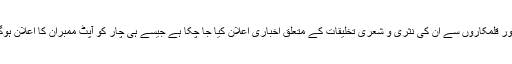
طباعت کے لیے ٹنڈرس مطلوب ہیں اور قلمکاروں سے ان کی نثری و شعری تخلیقات کے متعلق اخباری اعلان کیا جا چکا ہے جیسے ہی چار کو آپٹ ممبران کا اعلان ہوگا فوراً یہ کام بھی شروع ہو جائے گا۔